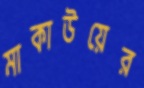
মাকাউয়ের